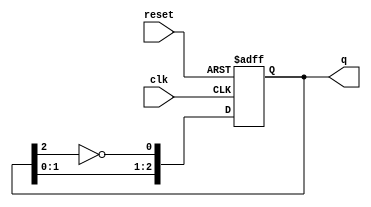
module JohnsonCounter #(parameter N = 3) (
    input wire clk,          // Clock input
    input wire reset,        // Asynchronous reset
    output reg [N-1:0] q     // Counter output
);

    // Internal signal for the inverted output of the last flip-flop
    wire inverted_last;

    // Invert the output of the last flip-flop
    assign inverted_last = ~q[N-1];

    // Sequential logic for the Johnson counter
    always @(posedge clk or posedge reset) begin
        if (reset) begin
            // Asynchronous reset to 0
            q <= 0;
        end else begin
            // Shift the values and feed back the inverted last flip-flop
            q <= {q[N-2:0], inverted_last};
        end
    end

endmodule